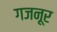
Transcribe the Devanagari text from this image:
गजनूर